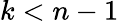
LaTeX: k<n-1